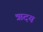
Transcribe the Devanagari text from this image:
ऋदय